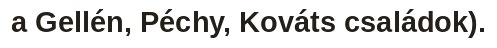
a Gellén, Péchy, Kováts családok).